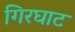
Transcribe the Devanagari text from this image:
गिरघाट